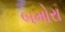
બમોરા